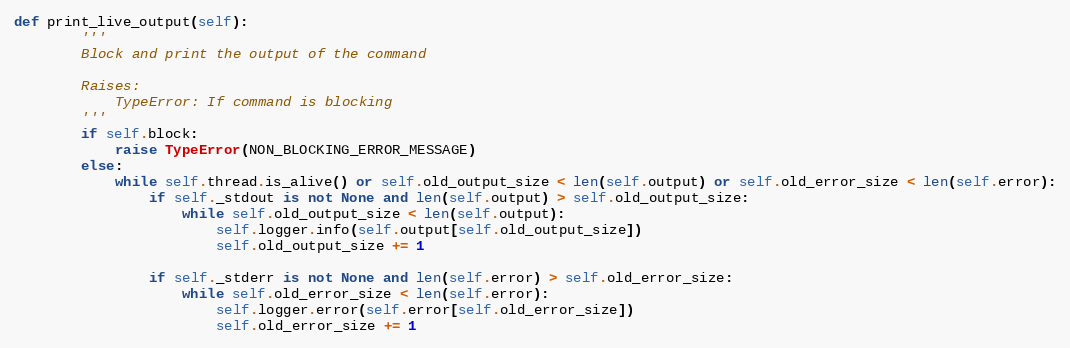
Language: Python
def print_live_output(self):
        '''
        Block and print the output of the command

        Raises:
            TypeError: If command is blocking
        '''
        if self.block:
            raise TypeError(NON_BLOCKING_ERROR_MESSAGE)
        else:
            while self.thread.is_alive() or self.old_output_size < len(self.output) or self.old_error_size < len(self.error):
                if self._stdout is not None and len(self.output) > self.old_output_size:
                    while self.old_output_size < len(self.output):
                        self.logger.info(self.output[self.old_output_size])
                        self.old_output_size += 1

                if self._stderr is not None and len(self.error) > self.old_error_size:
                    while self.old_error_size < len(self.error):
                        self.logger.error(self.error[self.old_error_size])
                        self.old_error_size += 1